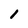
Character: I